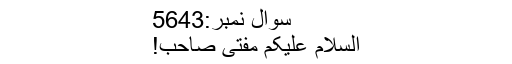
سوال نمبر:5643
السلام علیکم مفتی صاحب!